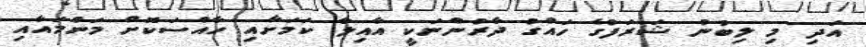
އަދި މި ލިބުނު ޝަރަފުގެ ހައްގު ދާރުންނަކީ އާއިލާ ކަމަށާއި ހާއްސަކޮށް މަންމައާއި